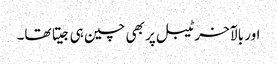
اور بالآخر ٹیبل پر بھی چین ہی جیتا تھا۔